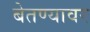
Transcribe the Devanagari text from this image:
बेतण्यावर